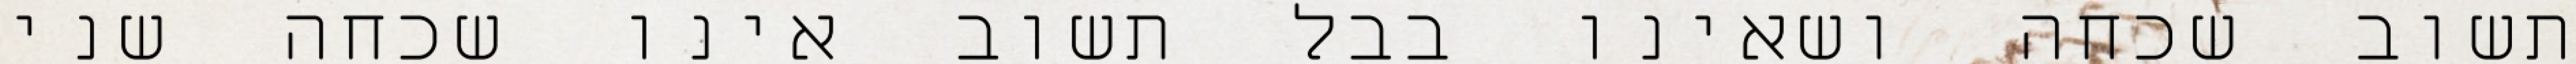
תשוב שכחה ושאינו בבל תשוב אינו שכחה שני